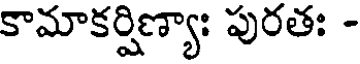
కామాకర్షిణ్యాః పురతః -